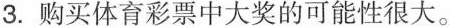
3.购买体育彩票中大奖的可能性很大。